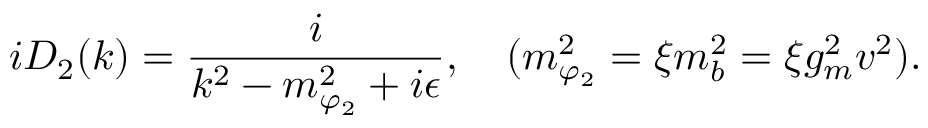
i D _ { 2 } ( k ) = { \frac { i } { k ^ { 2 } - m _ { \varphi _ { 2 } } ^ { 2 } + i \epsilon } } , \quad ( m _ { \varphi _ { 2 } } ^ { 2 } = \xi m _ { b } ^ { 2 } = \xi g _ { m } ^ { 2 } v ^ { 2 } ) .